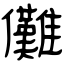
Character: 儺